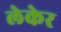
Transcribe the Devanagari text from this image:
लेकेर